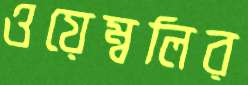
ওয়েম্বলির